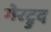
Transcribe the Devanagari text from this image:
गेरट्रुद